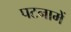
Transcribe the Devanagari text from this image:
पटनामें